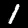
Label: 1